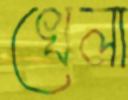
খেলা